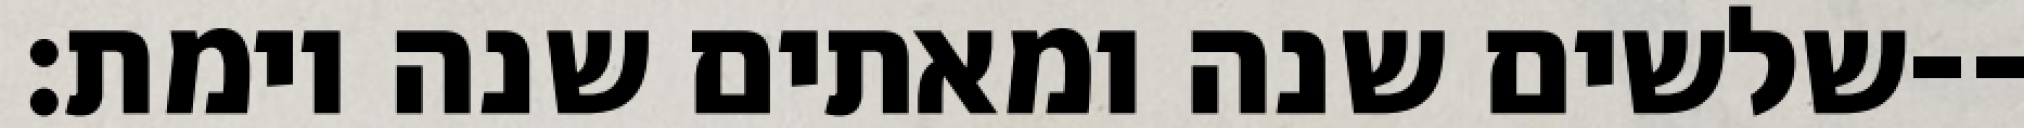
שלשים שנה ומאתים שנה וימת׃--